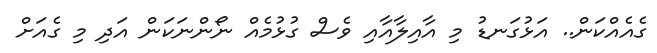
ގެއެއްކަން.. އަޅުގަނޑު މި އާއިލާއާއި ވެސް ގުޅުމެއް ނޯންނަކަން އަދި މި ގެއަށް